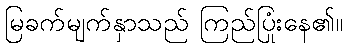
မြခက်မျက်နှာသည် ကြည်ပြုံးနေ၏။